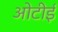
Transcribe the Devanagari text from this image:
ओटीई